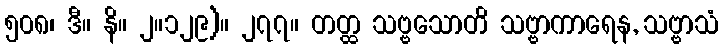
၅၀၈၊ ဒီ။ နိ။ ၂။၁၂၉)။ ၂၇၇။ တတ္ထ သဗ္ဗသောတိ သဗ္ဗာကာရေန, သဗ္ဗာသံ